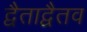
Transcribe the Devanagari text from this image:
द्वैताद्वैतव